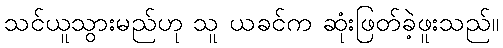
သင်ယူသွားမည်ဟု သူ ယခင်က ဆုံးဖြတ်ခဲ့ဖူးသည်။